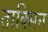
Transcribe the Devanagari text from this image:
ताक्सिन